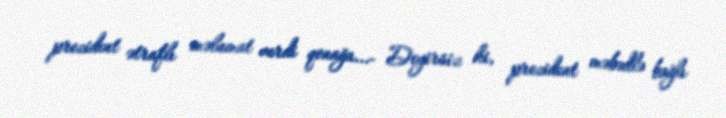
prezident ətraflı məlumat verdi qonağa...- Deyirsiz ki, prezident məbədlə bağlı